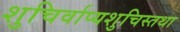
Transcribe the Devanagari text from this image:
शुचिर्वाप्यशुचिस्तथा